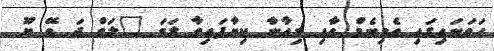
ހަވަނައިގައި އެމިނެމް އާއި ރިއާނާ ކިޔާފައިވާ ލަވަ "ލަވް ދަ ވޭ ޔޫ